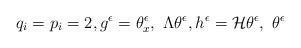
LaTeX: \begin{align*}q_i=p_i=2, g^\epsilon=\theta^\epsilon_x, \ \Lambda\theta^\epsilon, h^\epsilon=\mathcal{H}\theta^\epsilon, \ \theta^\epsilon\end{align*}